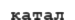
қатал